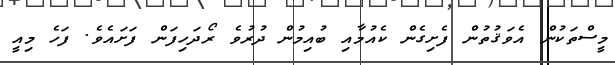
މީސްތަކުން އެވަޤުތުން ފެށިގެން ކެއުމާއި ބުއިމުން ދުރުވެ ރޯދަހިފަން ފަށައެވެ. ފަހެ މިއީ